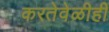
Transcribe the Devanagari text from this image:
करतेवेळीही